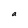
Character: a